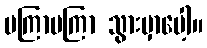
မကြာမကြာ သွားမှာပေါ့။